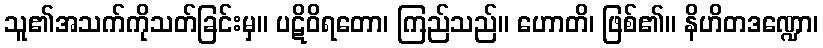
သူ၏အသက်ကိုသတ်ခြင်းမှ။ ပဋိဝိရတော၊ ကြည်သည်။ ဟောတိ၊ ဖြစ်၏။ နိဟိတဒဏ္ဍော၊